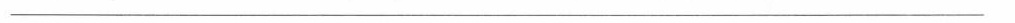
______